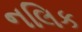
નલિક